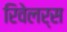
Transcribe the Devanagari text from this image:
रिवेलर्स